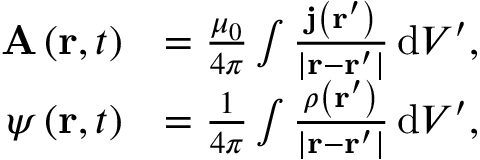
{ \begin{array} { r l } { \mathbf { A } \left( \mathbf { r } , t \right) } & { = { \frac { \mu _ { 0 } } { 4 \pi } } \int { \frac { \mathbf { j } \left( \mathbf { r } ^ { \prime } \right) } { \left| \mathbf { r } - \mathbf { r } ^ { \prime } \right| } } \, \mathrm { d } V ^ { \prime } , } \\ { \psi \left( \mathbf { r } , t \right) } & { = { \frac { 1 } { 4 \pi } } \int { \frac { \rho \left( \mathbf { r } ^ { \prime } \right) } { \left| \mathbf { r } - \mathbf { r } ^ { \prime } \right| } } \, \mathrm { d } V ^ { \prime } , } \end{array} }